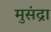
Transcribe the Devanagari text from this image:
मुसंद्रा